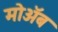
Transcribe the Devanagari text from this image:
मोॲब